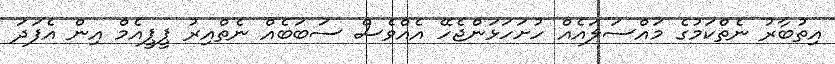
އިތުބާރު ނެތްކަމުގެ މައްސަލައެއް ހުށަހަޅަންޖެހޭ އެއްވެސް ސަބަބެއް ނެތްއިރު ޕީޕީއެމް އިން އެފަދަ